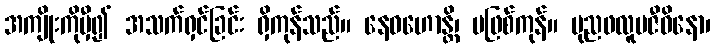
အကျိုးကိုမှီ၍ အသက်ရှင်ခြင်း ရှိကုန်သည်။ နေဝဟောန္တိ၊ မဖြစ်ကုန်။ ပုညဖလူပဇီဝိနော၊